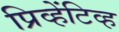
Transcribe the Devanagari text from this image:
प्रिव्हेंटिव्ह